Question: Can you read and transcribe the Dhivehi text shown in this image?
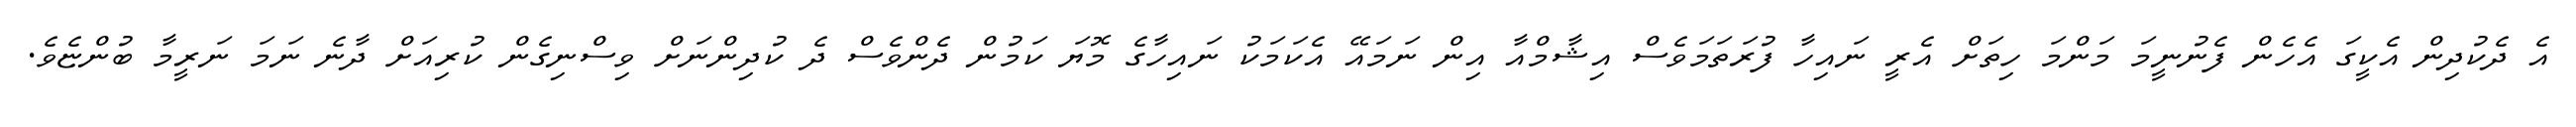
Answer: އެ ދެކުދިން އެކީގަ އެހެން ފެނުނީމަ މަންމަ ހިތަށް އެރީ ނައިހާ ފުރަތަމަވެސް އިޝާމްއާ އިން ނަމައޭ އެކަމަކު ނައިހާގެ މޮޔަ ކަމުން ދެންވެސް ދެ ކުދިންނަށް ވިސްނިގެން ކުރިއަށް ދާނެ ނަމަ ނަރީމާ ބުންޏެވެ.